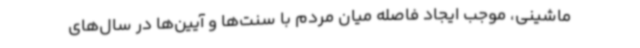
ماشینی، موجب ایجاد فاصله میان مردم با سنت‌ها و آیین‌ها در سال‌های